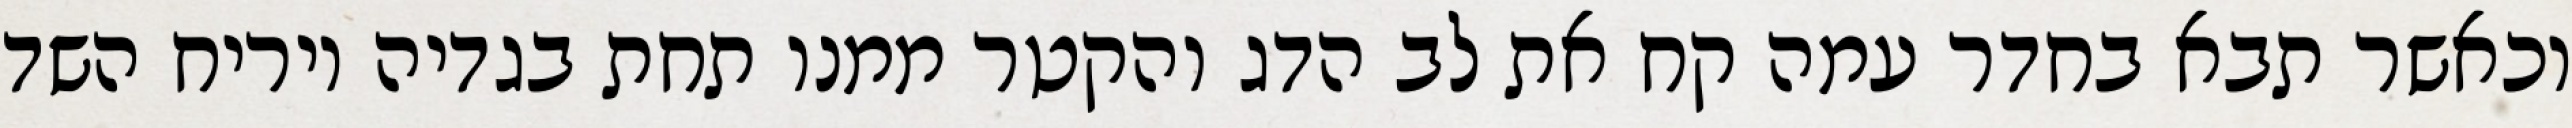
וכאשר תבא בחדר עמה קח את לב הדג והקטר ממנו תחת בגדיה ויריח השד